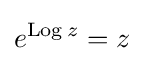
e^{\operatorname {Log} z}=z